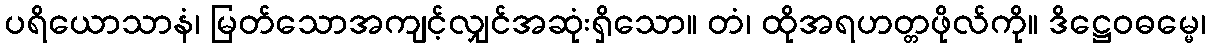
ပရိယောသာနံ၊ မြတ်သောအကျင့်လျှင်အဆုံးရှိသော။ တံ၊ ထိုအရဟတ္တဖိုလ်ကို။ ဒိဋ္ဌေဝဓမ္မေ၊